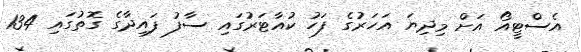
އެސްޓީއޯ އަށް މިދިޔަ އަހަރުގެ ފަހު ކުއާޓަރުގައި ސާފު ފައިދާގެ ގޮތުގައި 134